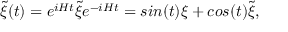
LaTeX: { \widetilde \xi } ( t ) = e ^ { i H t } { \widetilde \xi } e ^ { - i H t } = s i n ( t ) \xi + c o s ( t ) { \widetilde \xi } ,